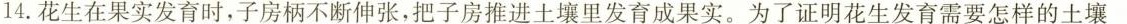
14.花生在果实发育时，子房柄不断伸张，把子房推进土壤里发育成果实。为了证明花生发育需要怎样的土壤